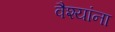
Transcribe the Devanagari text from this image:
वैश्यांना